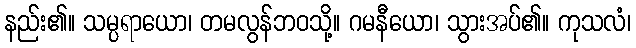
နည်း၏။ သမ္ပရာယော၊ တမလွန်ဘဝသို့။ ဂမနီယော၊ သွားအပ်၏။ ကုသလံ၊